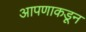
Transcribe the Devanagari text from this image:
आपणाकडून